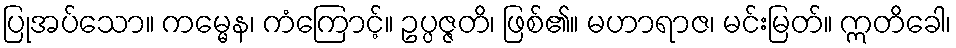
ပြုအပ်သော။ ကမ္မေန၊ ကံကြောင့်။ ဥပ္ပဇ္ဇတိ၊ ဖြစ်၏။ မဟာရာဇ၊ မင်းမြတ်။ ဣတိခေါ၊